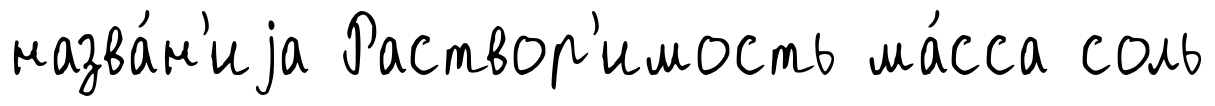
назва́н'иjа Раствор'имость ма́сса соль